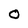
Character: O